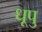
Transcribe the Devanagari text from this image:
धूपु